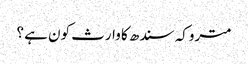
متروکہ سندھ کا وارث کون ہے ؟